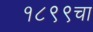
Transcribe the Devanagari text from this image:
१८९९चा